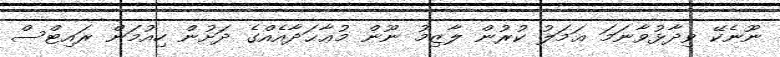
ނޫނެކޭ ވިދާޅުވާނަމަ ޢަމަލު ކުރުން ލާޒިމު ނޫން މުޢާޙަދާއެއްގެ ދަށުން ހިއުމަން ރައިޓްސް